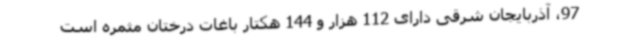
97، آذربایجان شرقی دارای 112 هزار و 144 هکتار باغات درختان مثمره است